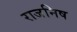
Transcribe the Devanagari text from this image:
राजनिष